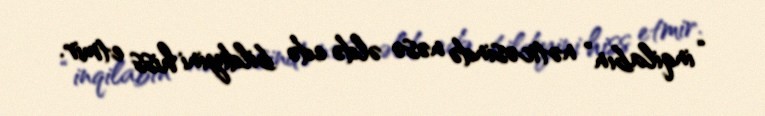
“inqilabın” nəticəsində nəsə əldə edə bildiyini hiss etmir.